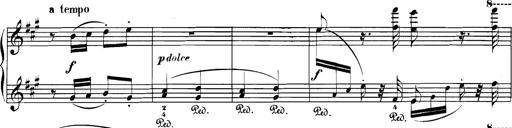
Title: Spinnerlied aus dem Fliegenden HollÃ¤nder
Composer: Franz Liszt